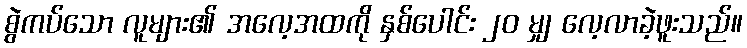
စွဲကပ်သော လူများ၏ အလေ့အထကို နှစ်ပေါင်း ၂၀ မျှ လေ့လာခဲ့ဖူးသည်။